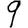
Digit: 9